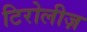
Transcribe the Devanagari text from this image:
टिरोलीज़